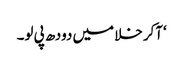
‘آکر خلا میں دودھ پی لو۔